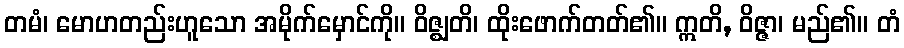
တမံ၊ မောဟတည်းဟူသော အမိုက်မှောင်ကို။ ဝိဇ္ဈတိ၊ ထိုးဖောက်တတ်၏။ ဣတိ, ဝိဇ္ဇာ၊ မည်၏။ တံ